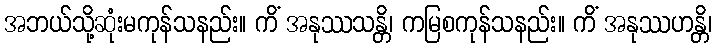
အဘယ်သို့ဆုံးမကုန်သနည်း။ ကိံ အနုဿသန္တိ၊ ကမြစကုန်သနည်း။ ကိံ အနုဿဟန္တိ၊